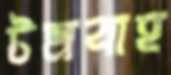
টমবাহ